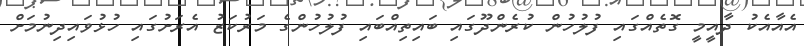
އެއާއެކު ދާއީމީ ގޮތެއްގައި ފުލުހުން ކުރެންދޫގައި ބައިތިއްބައި ފުލުހުންގެ މަރުކަޒު އެރަށުގައި ހުޅުވައިދިނުމަށް